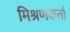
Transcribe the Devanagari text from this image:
मिश्रणकर्ता